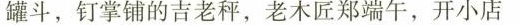
罐斗，钉掌铺的吉老秤，老木匠郑端午，开小店